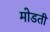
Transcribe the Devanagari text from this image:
मोडती